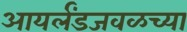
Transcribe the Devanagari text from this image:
आयर्लंडजवळच्या